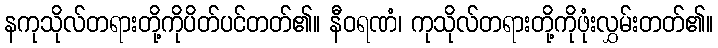
နကုသိုလ်တရားတို့ကိုပိတ်ပင်တတ်၏။ နီဝရဏံ၊ ကုသိုလ်တရားတို့ကိုဖုံးလွှမ်းတတ်၏။